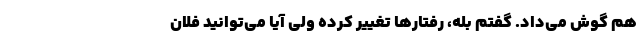
هم گوش می‌داد. گفتم بله، رفتارها تغییر کرده ولی آیا می‌توانید فلان